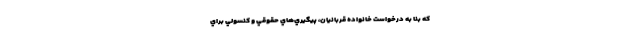
كه بنا به درخواست خانواده قربانيان، پيگيري‌هاي حقوقي و كنسولي براي